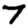
Digit: 7